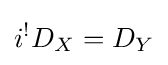
i^{!}D_{X}=D_{Y}